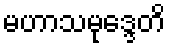
မဟာသမုဒ္ဒေတိ